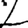
Digit: 2